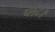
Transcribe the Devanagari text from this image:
प्लेट।